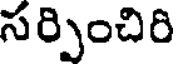
సర్పించిరి